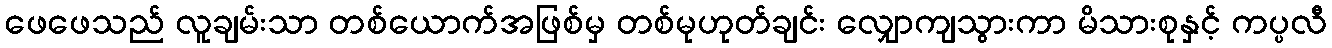
ဖေဖေသည် လူချမ်းသာ တစ်ယောက်အဖြစ်မှ တစ်မုဟုတ်ချင်း လျှောကျသွားကာ မိသားစုနှင့် ကပ္ပလီ